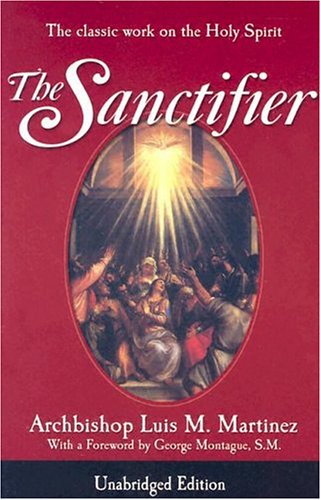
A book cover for The Sanctifier: The Classic Work on the Holy Spirit; Luis M. Martinez; Christian Books & Bibles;